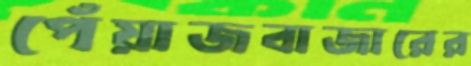
পেঁয়াজবাজারের